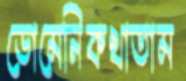
ডোমেনিকখাতাম